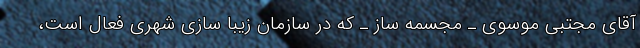
آقای مجتبی موسوی ـ مجسمه ساز ـ که در سازمان زیبا سازی شهری فعال است،